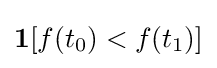
{\textstyle {\textbf {1}}[f(t_{0})<f(t_{1})]}